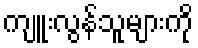
ကျူးလွန်သူများကို